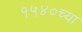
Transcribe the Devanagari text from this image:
१५४०च्या